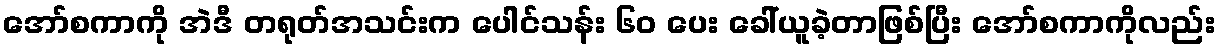
အော်စကာကို အဲဒီ တရုတ်အသင်းက ပေါင်သန်း ၆၀ ပေး ခေါ်ယူခဲ့တာဖြစ်ပြီး အော်စကာကိုလည်း